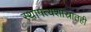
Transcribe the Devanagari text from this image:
स्थापत्यशास्रातही